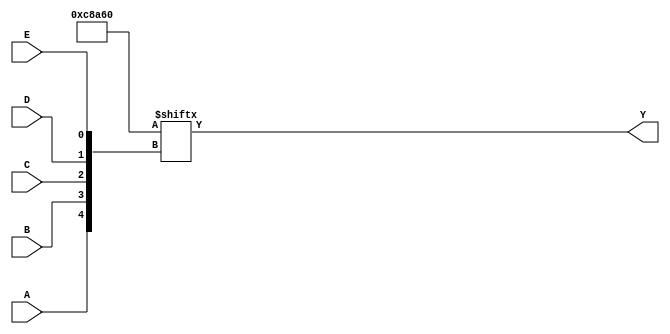
module kmap_5_variable (
    input wire A,  // Input variable A
    input wire B,  // Input variable B
    input wire C,  // Input variable C
    input wire D,  // Input variable D
    input wire E,  // Input variable E
    output wire Y  // Output signal
);

// Internal wire to represent the K-map output
wire [31:0] kmap;

// Assign the K-map according to the minterms
assign kmap[0]  = 0; // m0
assign kmap[1]  = 0; // m1
assign kmap[2]  = 0; // m2
assign kmap[3]  = 0; // m3
assign kmap[4]  = 0; // m4
assign kmap[5]  = 1; // m5
assign kmap[6]  = 1; // m6
assign kmap[7]  = 0; // m7
assign kmap[8]  = 0; // m8
assign kmap[9]  = 1; // m9
assign kmap[10] = 0; // m10
assign kmap[11] = 1; // m11
assign kmap[12] = 0; // m12
assign kmap[13] = 0; // m13
assign kmap[14] = 0; // m14
assign kmap[15] = 1; // m15
assign kmap[16] = 0; // m16
assign kmap[17] = 0; // m17
assign kmap[18] = 1; // m18
assign kmap[19] = 1; // m19
assign kmap[20] = 0; // m20
assign kmap[21] = 0; // m21
assign kmap[22] = 0; // m22
assign kmap[23] = 0; // m23
assign kmap[24] = 0; // m24
assign kmap[25] = 0; // m25
assign kmap[26] = 0; // m26
assign kmap[27] = 0; // m27
assign kmap[28] = 0; // m28
assign kmap[29] = 0; // m29
assign kmap[30] = 0; // m30
assign kmap[31] = 0; // m31

// Calculate the output based on the K-map
assign Y = kmap[{A, B, C, D, E}];

endmodule